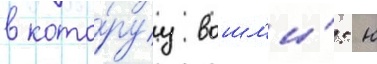
в кото́руу вошл'и́: н